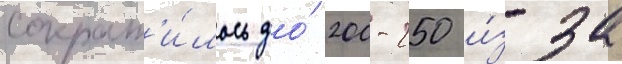
сократ'и́лось до́ 200-250 и́з-за